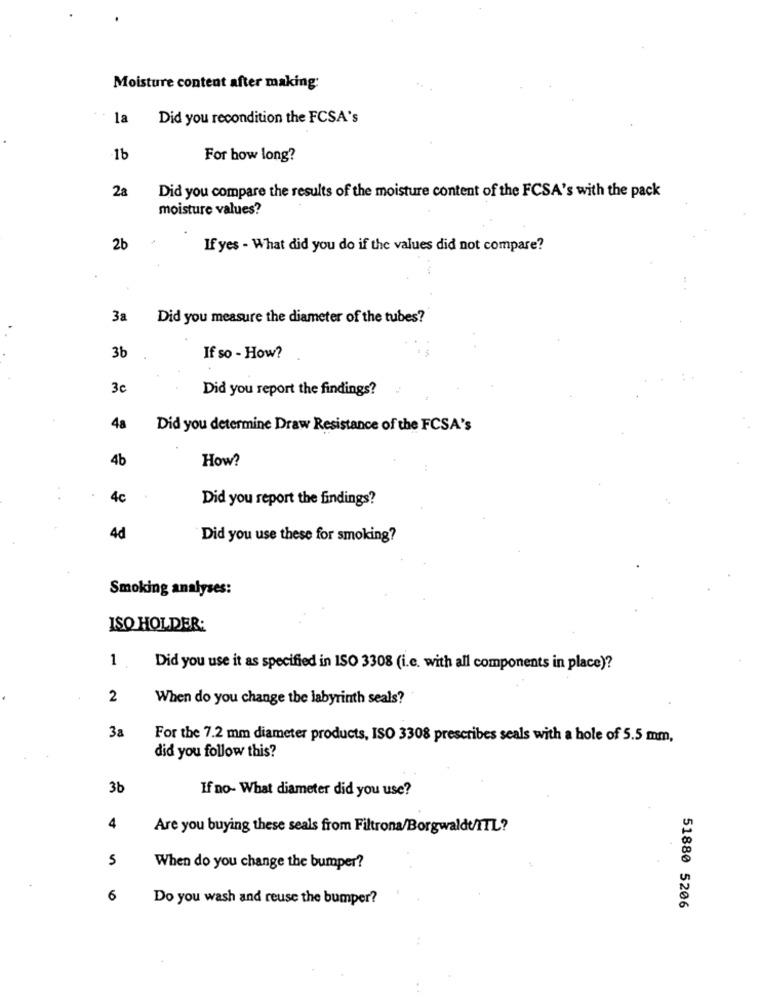
Moisture content after making:
la
Did you recondition the FCSA's
1b
For how long?
2a
Did you compare the results of the moisture content of the FCSA's with the pack
moisture values?
2b
If yes - What did you do if the values did not compare?
3a
Did you measure the diameter of the tubes?
3b
If so - How?
3c
Did you report the findings?
48
Did you determine Draw Resistance of the FCSA's
4b
How?
4c
Did you report the findings?
4d
Did you use these for smoking?
Smoking analyses:
ISO HOLDER:
1 .
Did you use it as specified in ISO 3308 (i.e. with all components in place)?
2
When do you change the labyrinth seals?
3a
For the 7.2 mm diameter products, ISO 3308 prescribes seals with a hole of 5.5 mm,
did you follow this?
3b
If no- What diameter did you use?
4
Are you buying these seals from Filtrona/Borgwaldt/ITL?
5
When do you change the bumper?
6
Do you wash and reuse the bumper?
51880 5206
..
. .